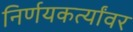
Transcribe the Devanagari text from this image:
निर्णयकर्त्यांवर